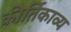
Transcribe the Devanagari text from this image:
कीर्तिकाव्य